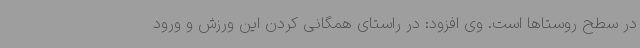
در سطح روستاها است. وی افزود: در راستای همگانی کردن این ورزش و ورود